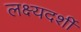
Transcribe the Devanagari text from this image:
लक्ष्यदर्शी